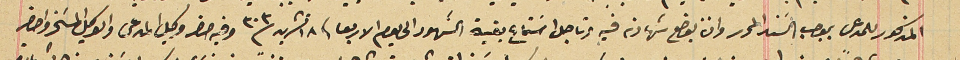
المذكور للمدعى بموجب السَند المحرر وان يوضع شهادته فيه وتاجل استماع بقية الشهود الى يوم الاربعا فى ١٨ تشرين سنة ٣٠٣ وفيه حضر وكيل المدعى والوكيل المسَخر واحضر